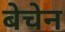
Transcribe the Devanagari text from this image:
बेचेन